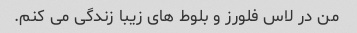
من در لاس فلورز و بلوط های زیبا زندگی می کنم.